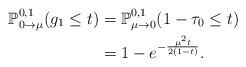
LaTeX: \begin{align*}\mathbb{P}_{0\to \mu}^{0,1}(g_1\leq t)&=\mathbb{P}_{\mu\to 0}^{0,1}(1-\tau_0\leq t)\\&=1-e^{-\frac{\mu^2 t}{2(1-t)}}.\end{align*}